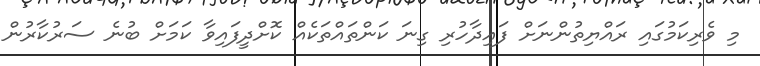
މި ވެރިކަމުގައި ރައްޔިތުންނަށް ފައިދާހުރި ގިނަ ކަންތައްތަކެއް ކޮށްދީފައިވާ ކަމަށް ބުނެ ސަރުކާރުން